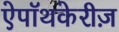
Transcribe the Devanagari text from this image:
ऐपॉथकेरीज़